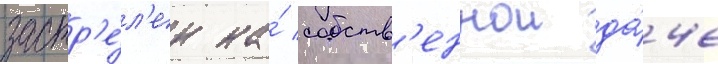
застр'е́л'ен на́ собств'еннои да́че